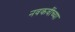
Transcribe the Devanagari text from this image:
नवकवींच्या